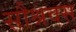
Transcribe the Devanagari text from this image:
सौश्रवस